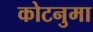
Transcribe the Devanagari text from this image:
कोटनुमा